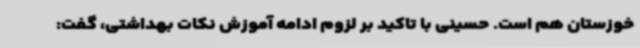
خوزستان هم است. حسینی با تاکید بر لزوم ادامه آموزش نکات بهداشتی، گفت: